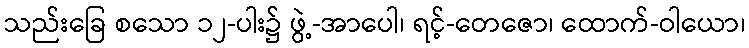
သည်းခြေ စသော ၁၂-ပါး၌ ဖွဲ့-အာပေါ၊ ရင့်-တေဇော၊ ထောက်-ဝါယော၊